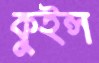
কুইন্স